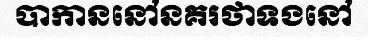
បាកាននៅនគរថាទងនៅ